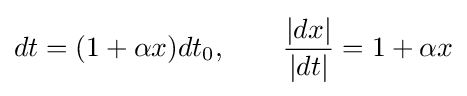
dt=(1+\alpha x)dt_{0},\qquad {\frac {|dx|}{|dt|}}=1+\alpha x